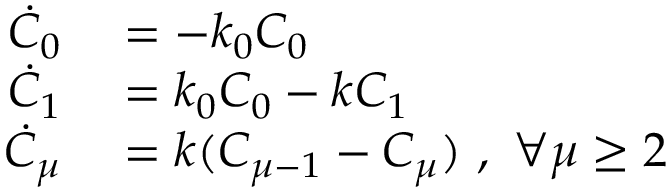
\begin{array} { r l } { \dot { C } _ { 0 } } & { { } = - k _ { 0 } C _ { 0 } } \\ { \dot { C } _ { 1 } } & { { } = k _ { 0 } C _ { 0 } - k C _ { 1 } } \\ { \dot { C } _ { \mu } } & { { } = k ( C _ { \mu - 1 } - C _ { \mu } ) \ , \ \forall \mu \geq 2 } \end{array}